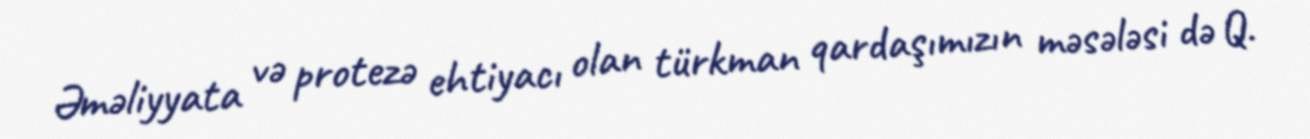
Əməliyyata və protezə ehtiyacı olan türkman qardaşımızın məsələsi də Q.